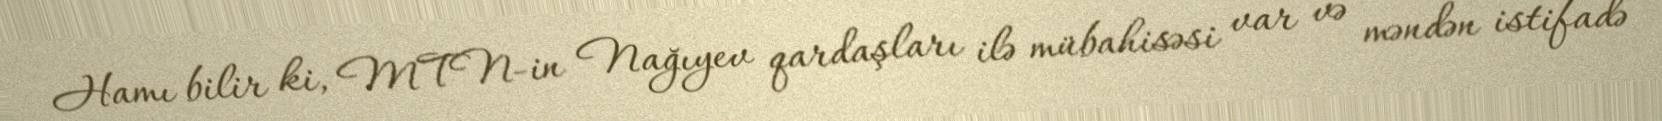
Hamı bilir ki, MTN-in Nağıyev qardaşları ilə mübahisəsi var və məndən istifadə